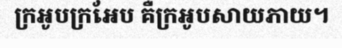
ក្រអូបក្រអែប គឺក្រអូបសាយភាយ។